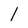
Character: l